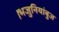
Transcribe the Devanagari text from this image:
।भजुनियांबुज